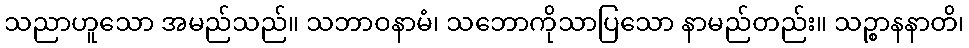
သညာဟူသော အမည်သည်။ သဘာဝနာမံ၊ သဘောကိုသာပြသော နာမည်တည်း။ သဉ္စာနနာတိ၊